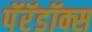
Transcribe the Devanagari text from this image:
पॅरॅडॉक्स